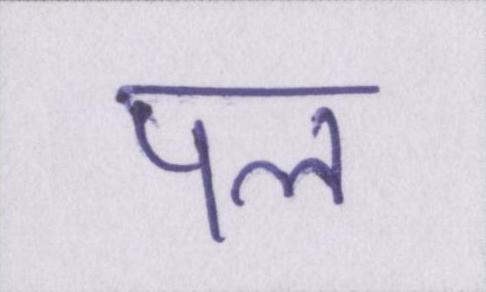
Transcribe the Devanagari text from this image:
पल